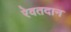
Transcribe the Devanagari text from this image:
रेवतदान